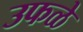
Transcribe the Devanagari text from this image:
उफळे